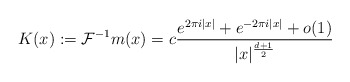
\begin{align*}K(x):=\mathcal{F}^{-1}m(x)=c\frac{e^{2\pi i|x|}+e^{-2\pi i|x|}+o(1)}{|x|^{\frac{d+1}{2}}}\end{align*}